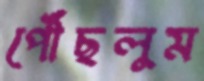
পৌঁছলুম